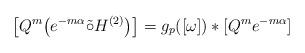
LaTeX: \begin{gather*}\big[Q^{m}\big(e^{-m\alpha} {\tilde{\circ}} H^{(2)}\big)\big]=g_{p}([\omega])*[Q^{m}e^{-m\alpha}]\end{gather*}